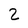
Character: 2